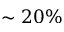
\sim 2 0 \%